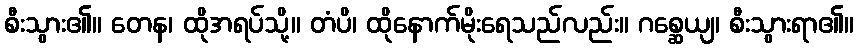
စီးသွား၏။ တေန၊ ထိုအရပ်သို့။ တံပိ၊ ထိုနောက်မိုးရေသည်လည်း။ ဂစ္ဆေယျ၊ စီးသွားရာ၏။